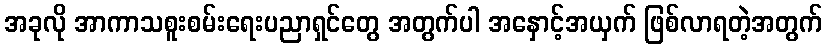
အခုလို အာကာသစူးစမ်းရေးပညာရှင်တွေ အတွက်ပါ အနှောင့်အယှက် ဖြစ်လာရတဲ့အတွက်